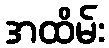
အထိမ်း